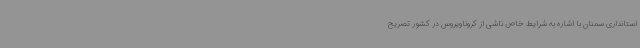
استانداری سمنان با اشاره به شرایط خاص ناشی از کروناویروس در کشور تصریح